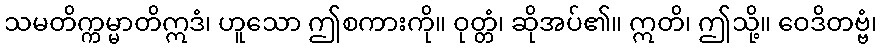
သမတိက္ကမ္မာတိဣဒံ၊ ဟူသော ဤစကားကို။ ဝုတ္တံ၊ ဆိုအပ်၏။ ဣတိ၊ ဤသို့။ ဝေဒိတဗ္ဗံ၊